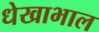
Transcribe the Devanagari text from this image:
धेखाभाल